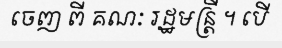
ចេញ ពី គណៈ រដ្ឋមន្ត្រី ។ បើ